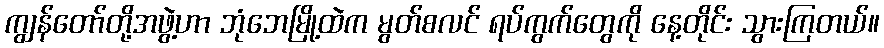
ကျွန်တော်တို့အဖွဲ့ဟာ ဘုံဘေမြို့ထဲက မွတ်စလင် ရပ်ကွက်တွေကို နေ့တိုင်း သွားကြတယ်။